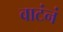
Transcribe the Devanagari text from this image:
वाटंनं